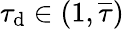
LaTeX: \tau_{\mathrm{d}}\in(1,\overline{{\tau}})